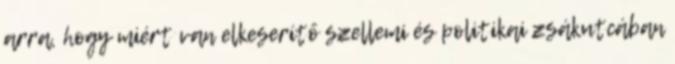
arra, hogy miért van elkeserítő szellemi és politikai zsákutcában